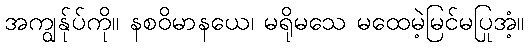
အကျွန်ုပ်ကို။ နစဝိမာနယေ၊ မရိုမသေ မထေမဲ့မြင်မပြုအံ့။